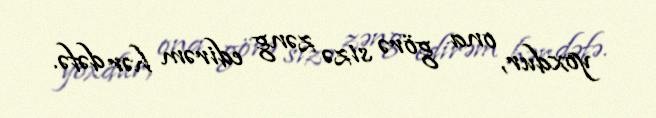
yoxdur, ona görə sizə zəng edirəm hər dəfə.